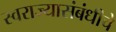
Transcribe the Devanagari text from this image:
स्वराज्यासंबंधीचे